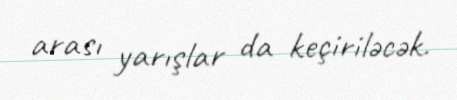
arası yarışlar da keçiriləcək.